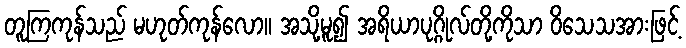
တူကြကုန်သည် မဟုတ်ကုန်လော။ အသို့မူ၍ အရိယာပုဂ္ဂိုလ်တို့ကိုသာ ဝိသေသအားဖြင့်